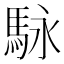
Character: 𲋶